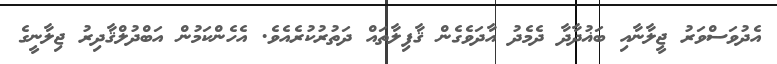
އެދުވަސްވަރު ޖީލާނާއި ބަޣުދާދާ ދެމެދު އާދަވެގެން ޤާފިލާތައް ދަތުރުކުރެއެވެ. އެހެންކަމުން އަބްދުލްޤާދިރު ޖިލާނީގެ